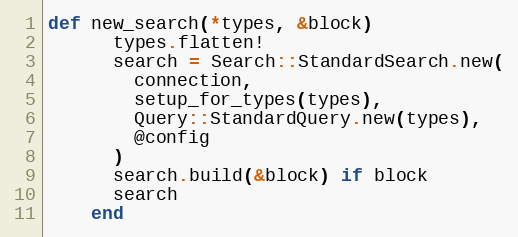
Language: Ruby
def new_search(*types, &block)
      types.flatten!
      search = Search::StandardSearch.new(
        connection,
        setup_for_types(types),
        Query::StandardQuery.new(types),
        @config
      )
      search.build(&block) if block
      search
    end